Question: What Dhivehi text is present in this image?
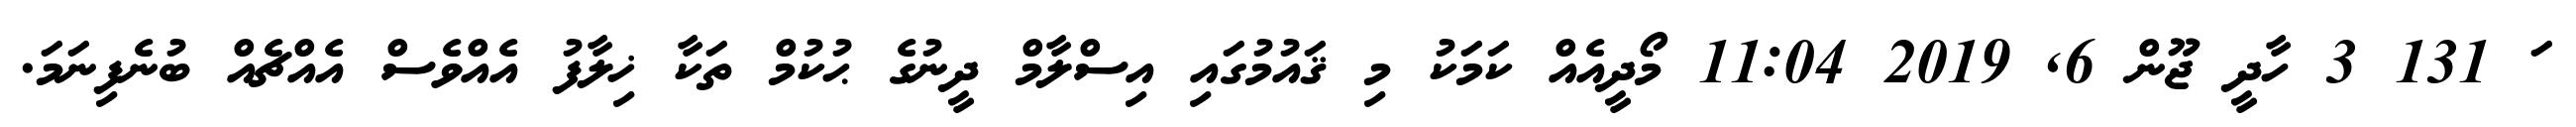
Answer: ަ 131 3 ހާދީ ޖޫން 6, 2019 11:04 މޯދީއެއް ކަމަކު މި ޤައުމުގައި އިސްލާމް ދީނުގެ ޙުކުމް ތަކާ ޚިލާފު އެއްވެސް އެއްޗެއް ބުނެފިނަމަ.